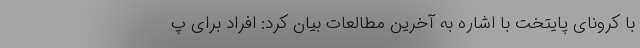
با کرونای پایتخت با اشاره به آخرین مطالعات بیان کرد: افراد برای پ